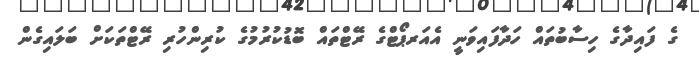
ގެ ފައިދާގެ ހިސާބުތައް ހަދާފައިވަނީ އެއަރޕޯޓްގެ ރޭޓްތައް ބޮޑުކުރުމުގެ ކުރިންހުރި ރޭޓްތަކަށް ބަލައިގެން